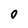
Character: 0